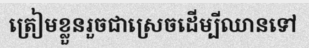
ត្រៀមខ្លួនរួចជាស្រេចដើម្បីឈានទៅ